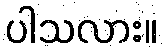
ပါသလား။